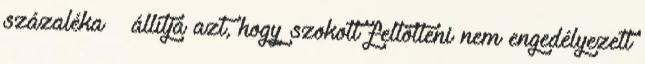
százaléka – állítja azt, hogy szokott feltölteni nem engedélyezett